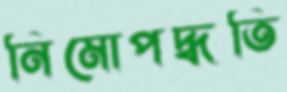
নিমোপদ্ধতি